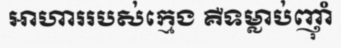
អាហាររបស់ក្មេង គឺទម្លាប់ញ៉ាំ